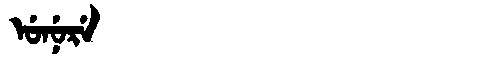
Manchu: ᡠᠨᡠᡵᡝ
Romanization: UNURE